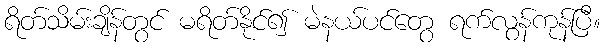
ရိတ်သိမ်းချိန်တွင် မရိတ်နိုင်၍ မဲနယ်ပင်တွေ ရက်လွန်ကုန်ပြီ။